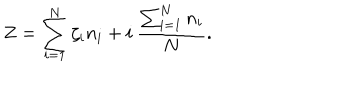
Z = \sum _ { i = 1 } ^ { N } \zeta _ { i } n _ { i } + i \: \frac { \sum _ { i = 1 } ^ { N } n _ { i } } { N } .